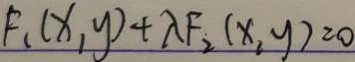
F _ { 1 } ( x _ { , } y ) + \lambda F _ { 2 } ( x , y ) = 0